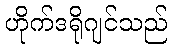
ဟိုက်ဒရိုဂျင်သည်